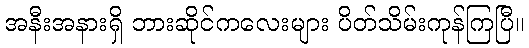
အနီးအနားရှိ ဘားဆိုင်ကလေးများ ပိတ်သိမ်းကုန်ကြပြီ။